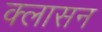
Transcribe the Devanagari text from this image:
क्लासन